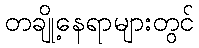
တချို့နေရာများတွင်